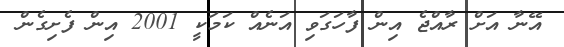
އޭނާ އަށް ރާއްޖެ އިން ފާހަގަވި އަނެއް ކަމަކީ 2001 އިން ފެށިގެން